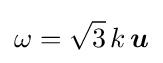
\omega ={\sqrt {3}}\,k\,{\boldsymbol {u}}